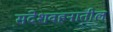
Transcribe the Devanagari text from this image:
संदेशवहनातील